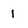
Character: 1